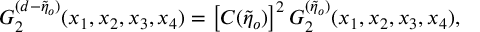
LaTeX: { \cal { G } } _ { 2 } ^ { ( d - \tilde { \eta } _ { o } ) } ( x _ { 1 } , x _ { 2 } , x _ { 3 } , x _ { 4 } ) = \left[ C ( \tilde { \eta } _ { o } ) \right] ^ { 2 } { \cal { G } } _ { 2 } ^ { ( \tilde { \eta } _ { o } ) } ( x _ { 1 } , x _ { 2 } , x _ { 3 } , x _ { 4 } ) ,